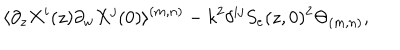
LaTeX: \langle \partial _ { z } X ^ { i } ( z ) \partial _ { w } X ^ { j } ( 0 ) \rangle ^ { ( m , n ) } - k ^ { 2 } \delta ^ { i j } S _ { e } ( z , 0 ) ^ { 2 } \Theta _ { ( m , n ) } ,